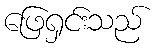
ဖြေရှင်းသည်